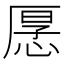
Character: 𭝡